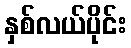
နှစ်လယ်ပိုင်း